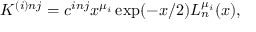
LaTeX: K ^ { ( i ) n j } = c ^ { i n j } x ^ { \mu _ { i } } \exp ( - x / 2 ) L _ { n } ^ { \mu _ { i } } ( x ) ,